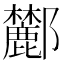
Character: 𨟤